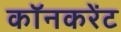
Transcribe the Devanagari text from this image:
कॉनकरेंट